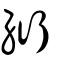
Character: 絎